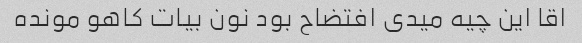
اقا این چیه میدی افتضاح بود نون بیات کاهو مونده